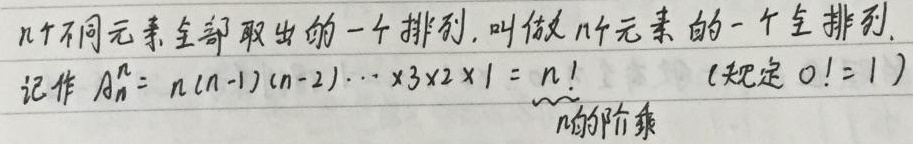
\(n\)个不同元素全部取出的一个排列，叫做\(n\)个元素的一个全排列。记作 \(A_{n}^{n}=n(n - 1)(n - 2)\cdots\times3\times2\times1=n!\) （规定 \(0!=1\) ），\(\underbrace{n(n - 1)(n - 2)\cdots\times3\times2\times1}_{n\text{的阶乘}}\)。